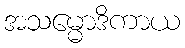
အသမ္မောဒိကာယ